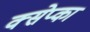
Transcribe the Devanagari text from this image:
क्सेप्का